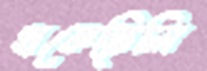
থকেছিলি